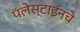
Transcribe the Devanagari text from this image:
पॅलेस्टाईनचे